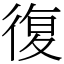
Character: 復